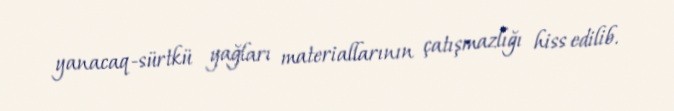
yanacaq-sürtkü yağları materiallarının çatışmazlığı hiss edilib.